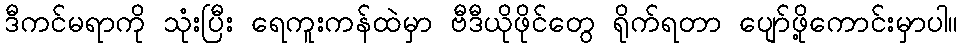
ဒီကင်မရာကို သုံးပြီး ရေကူးကန်ထဲမှာ ဗီဒီယိုဖိုင်တွေ ရိုက်ရတာ ပျော်ဖို့ကောင်းမှာပါ။